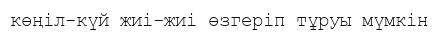
көңіл-күй жиі-жиі өзгеріп тұруы мүмкін